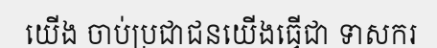
យើង ចាប់ប្រជាជនយើងធ្វើជា ទាសករ